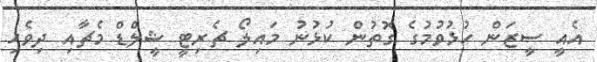
އެއީ ސީޒަން ހުޅުވުމުގެ ގޮތުން ކުޅުނު މައިލޯ ޗެރިޓީ ޝީލްޑް މެޗާއި ދިވެހި